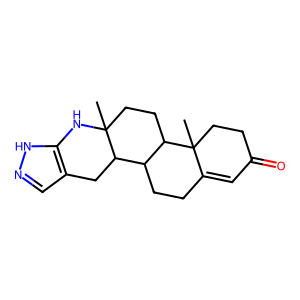
SMILES: CC12CCC3C(CCC4=CC(=O)CCC43C)C1Cc1cn[nH]c1N2
Inhibits HIV replication: No